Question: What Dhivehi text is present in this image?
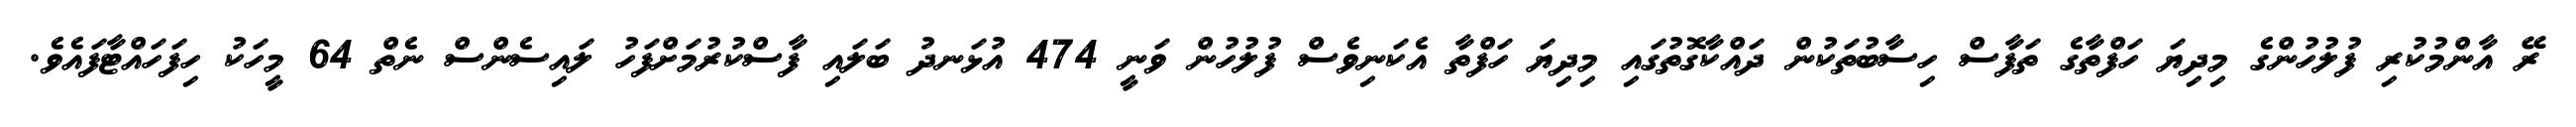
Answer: ރޭ އާންމުކުރި ފުލުހުންގެ މިދިޔަ ހަފްތާގެ ތަފާސް ހިސާބުތަކުން ދައްކާގޮތުގައި މިދިޔަ ހަފްތާ އެކަނިވެސް ފުލުހުން ވަނީ 474 އުޅަނދު ބަލައި ފާސްކުރުމަށްފަހު ލައިސެންސް ނެތް 64 މީހަކު ހިފަހައްޓާފައެވެ.